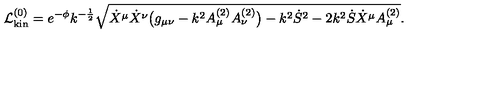
{ \cal L } _ { \mathrm { k i n } } ^ { ( 0 ) } = e ^ { - \phi } k ^ { - { \frac { 1 } { 2 } } } \sqrt { \dot { X } ^ { \mu } \dot { X } ^ { \nu } \bigl ( g _ { \mu \nu } - k ^ { 2 } A _ { \mu } ^ { ( 2 ) } A _ { \nu } ^ { ( 2 ) } \bigr ) - k ^ { 2 } { \dot { S } } ^ { 2 } - 2 k ^ { 2 } \dot { S } { \dot { X } } ^ { \mu } A _ { \mu } ^ { ( 2 ) } } .